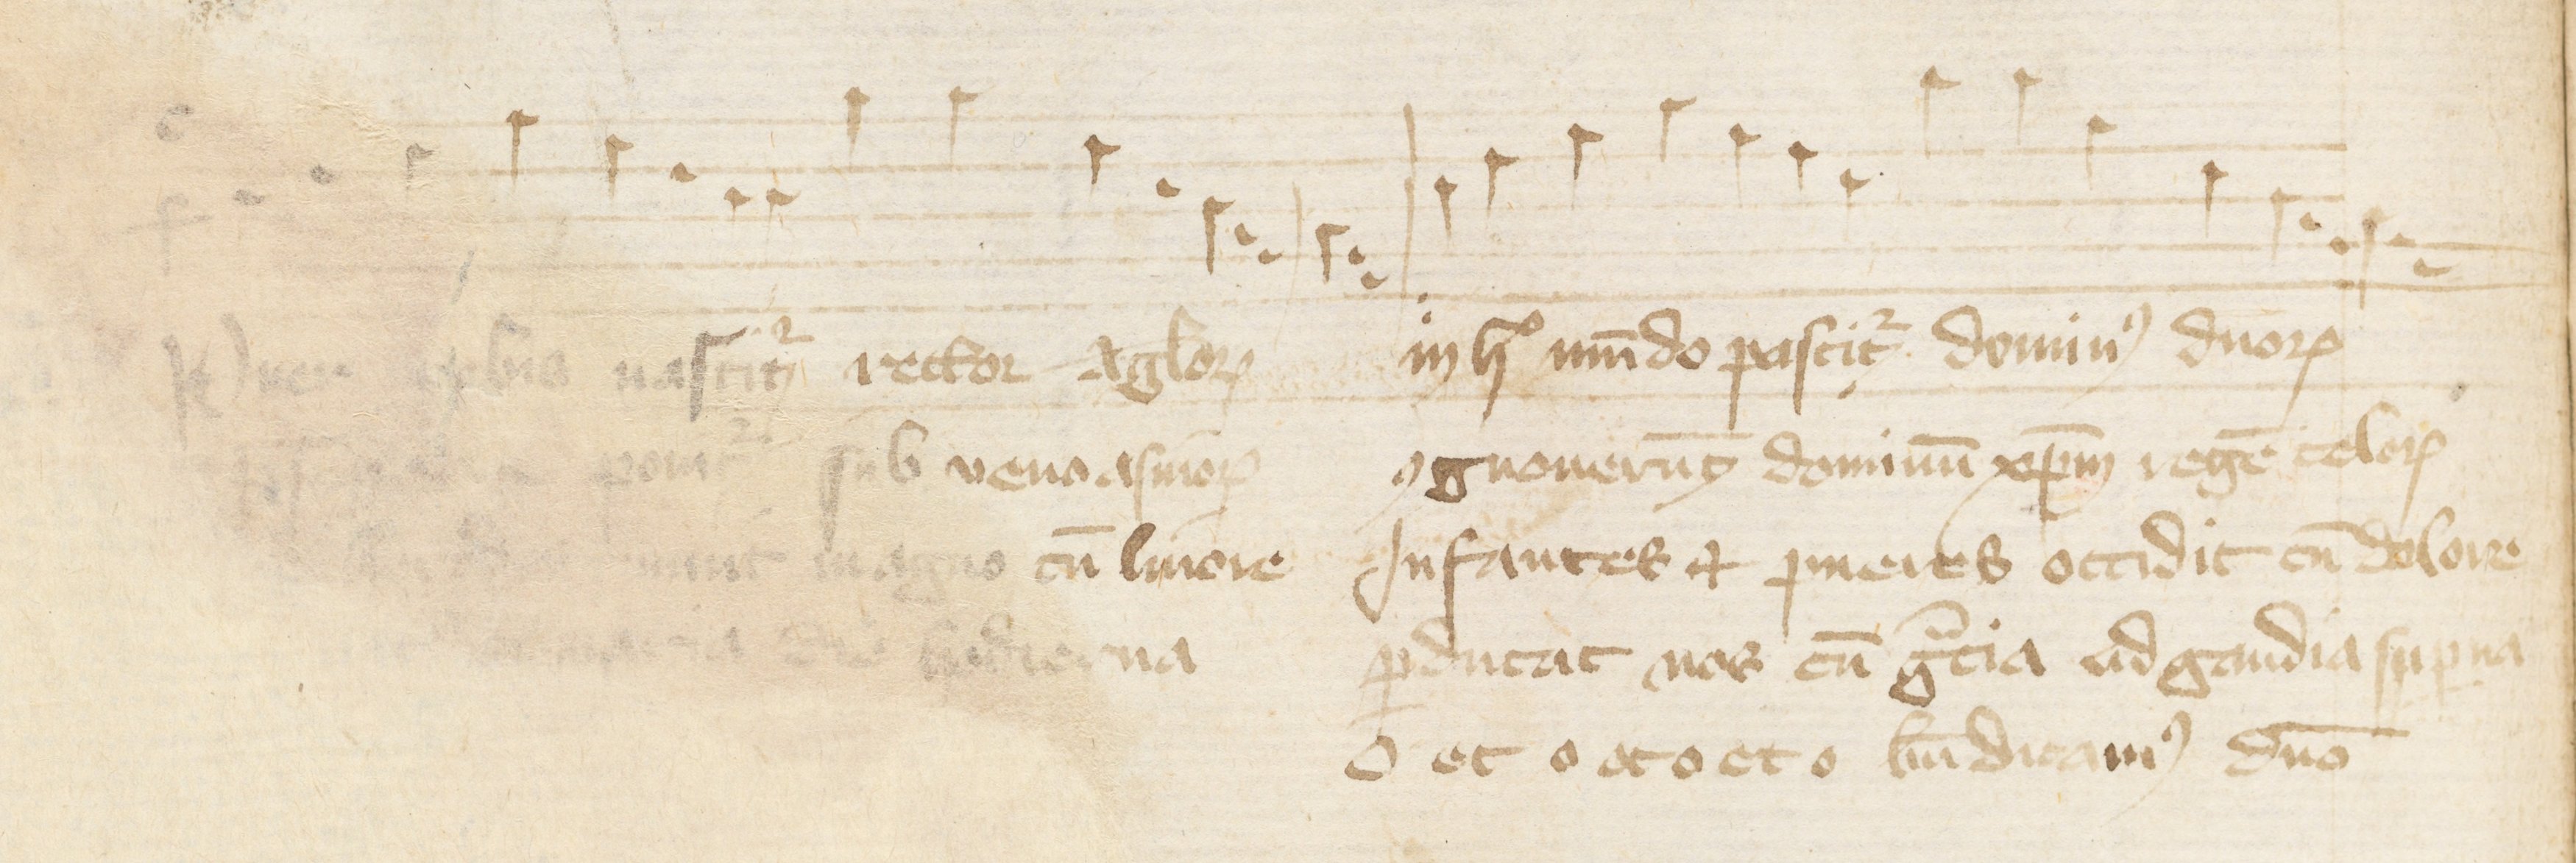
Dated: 1388–1394